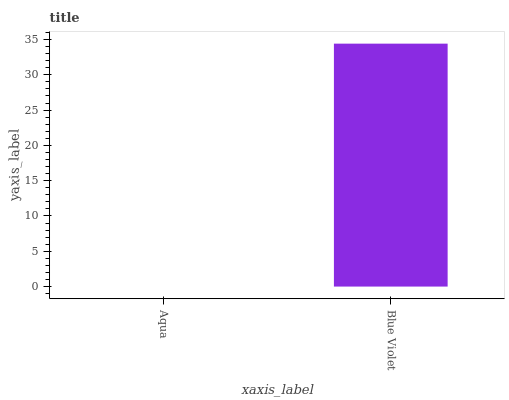
| xaxis_label | bars |
 | --- | --- |
 | Aqua | 0 |
 | Blue Violet | 34.4 |